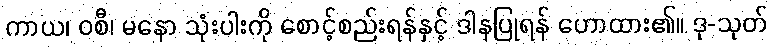
ကာယ၊ ဝစီ၊ မနော သုံးပါးကို စောင့်စည်းရန်နှင့် ဒါနပြုရန် ဟောထား၏။ ဒု-သုတ်